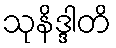
သုနိဒ္ဒါတိ